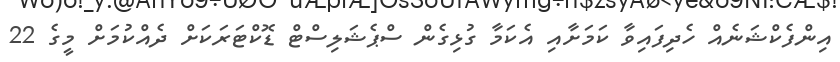
އިންފެކްޝަނެއް ހެދިފައިވާ ކަމަށާއި އެކަމާ ގުޅިގެން ސްޕެޝަލިސްޓް ޑޮކްޓަރަކަށް ދެއްކުމަށް މީގެ 22